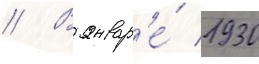
// В январ'е́ 1930